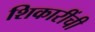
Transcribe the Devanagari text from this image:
शिकारींची